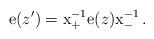
LaTeX: \begin{align*}{\rm e}(z^{\prime})={\rm x}_{+}^{-1}{\rm e}(z){\rm x}_{-}^{-1}\,.\end{align*}